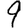
Digit: 9